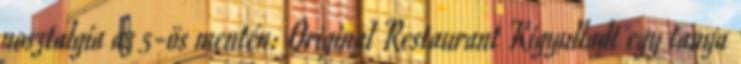
nosztalgia az 5-ös mentén: Original Restaurant Kigyulladt egy tanya